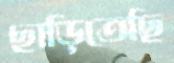
ছাড়িতেছি